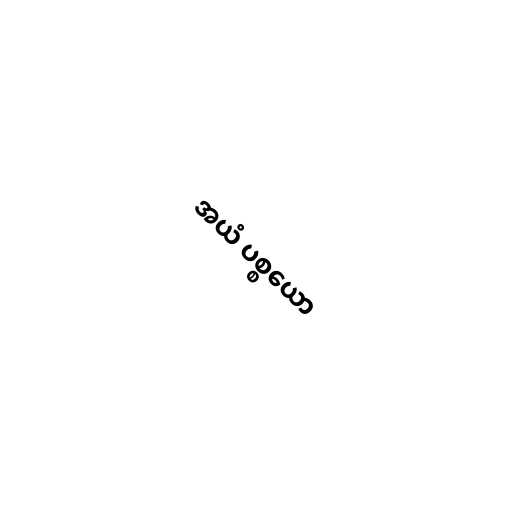
အယံ ပစ္စယော